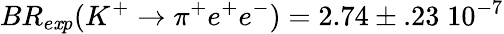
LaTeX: BR_{e\mathit{x}p}(K^{+}\rightarrow\pi^{+}e^{+}e^{-})=2.74\pm.23\; 10^{-7}